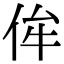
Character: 侔